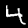
Digit: 4